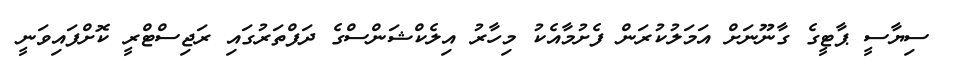
ސިޔާސީ ޕާޓީގެ ގާނޫނަށް އަމަލުކުރަން ފެށުމާއެކު މިހާރު އިލެކްޝަންސްގެ ދަފްތަރުގައި ރަޖިސްޓްރީ ކޮށްފައިވަނީ